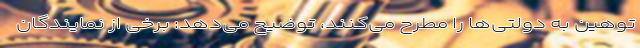
توهین به دولتی‌ها را مطرح می‌کنند، توضیح می‌دهد: برخی از نمایندگان